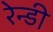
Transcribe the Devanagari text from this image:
रेन्डी